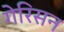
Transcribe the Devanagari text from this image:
गेरिसन